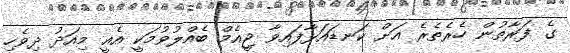
ގެ ފަރާތުން ހެރެތެރެ އަށް ކަނޑައަޅާފައިވާ ޖީއެމް ބެއްލުވުމަކީ އެއީ މިއަދު ދިވެހި